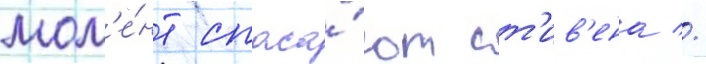
мом'е́нт спаса́ют ст'ив'ена //